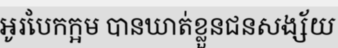
អូរបែកក្អម បានឃាត់ខ្លួនជនសង្ស័យ